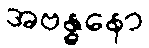
အဗန္ဓနော